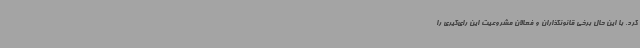
کرد. با این حال برخی قانونگذاران و فعالان مشروعیت این رای‌گیری را